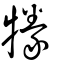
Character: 㹖